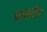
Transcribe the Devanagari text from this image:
छतरी।